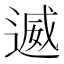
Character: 𮞩